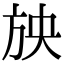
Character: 𣃝